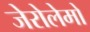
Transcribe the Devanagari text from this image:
जेरोलेमो